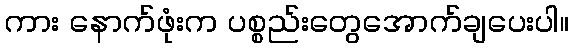
ကား နောက်ဖုံးက ပစ္စည်းတွေအောက်ချပေးပါ။